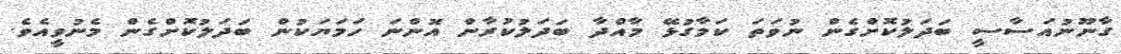
ގާނޫނުއަސާސީ ބަދަލުކޮށްގެން ނުވަތަ ކަމާގުޅޭ މާއްދާ ބަދަލުކުރާން އޮންނަ ހަމަޔަކުން ބަދަލުކޮށްގެން މެނުވީއެވެ.